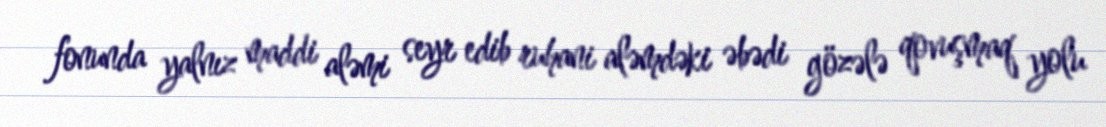
fonunda yalnız maddi aləmi seyr edib ruhani aləmdəki əbədi gözələ qovuşmaq yolu